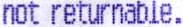
NOT RETURNABLE.